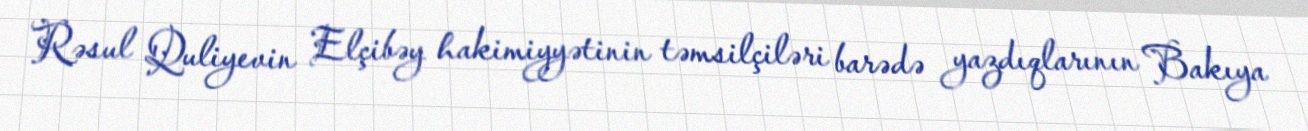
Rəsul Quliyevin Elçibəy hakimiyyətinin təmsilçiləri barədə yazdıqlarının Bakıya